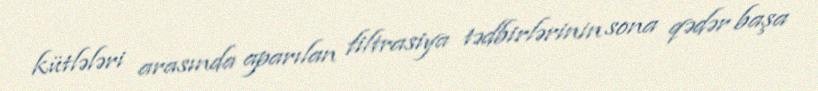
kütlələri arasında aparılan filtrasiya tədbirlərinin sona qədər başa